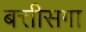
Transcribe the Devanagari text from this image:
बत्तीसगा